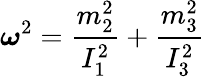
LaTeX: {\boldsymbol\omega}^{2}=\frac{m_{2}^{2}}{I_{1}^{2}}+\frac{m_{3}^{2}}{I_{3}^{2}}